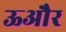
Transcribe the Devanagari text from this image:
ऊऔर